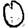
Digit: 0